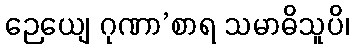
ဉေယျေ ဂုဏာ’စာရ သမာဓိသူပိ၊